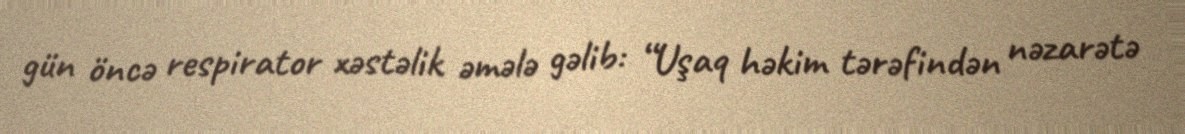
gün öncə respirator xəstəlik əmələ gəlib: “Uşaq həkim tərəfindən nəzarətə